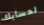
لحسابك